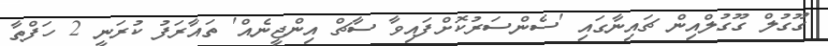
ގޫގުލް ގޫގުލްއިން ޗައިނާގައި 'ސެންސަރުކޮށްފައިވާ ސާޗް އިންޖީނެއް' ތައާރަފު ކުރަނީ 2 ހަފްތާ